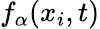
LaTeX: f_{\alpha}(x_{i},t)